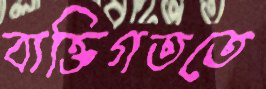
ব্যক্তিগততে